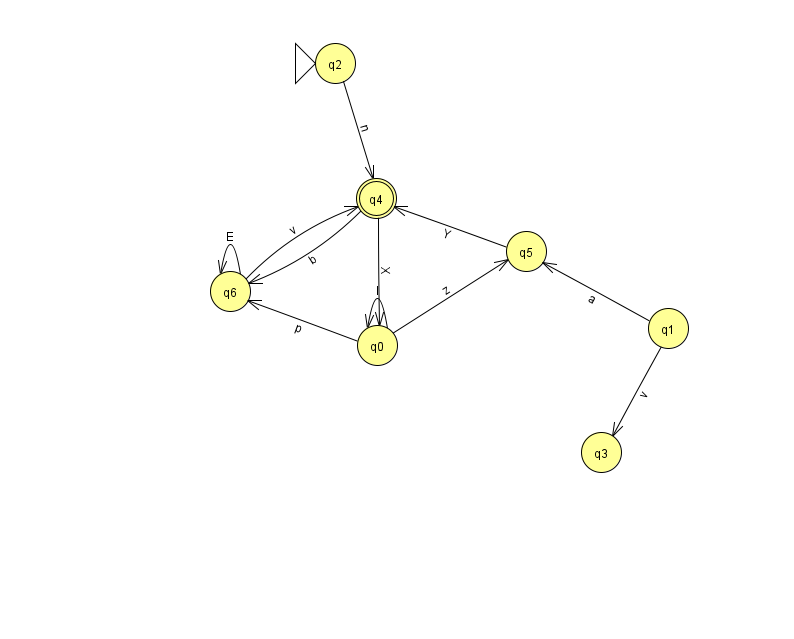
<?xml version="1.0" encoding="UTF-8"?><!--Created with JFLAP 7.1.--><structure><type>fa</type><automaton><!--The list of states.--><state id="0" name="q0"><x>377.0</x><y>332.0</y></state><state id="1" name="q1"><x>668.0</x><y>315.0</y></state><state id="2" name="q2"><x>335.0</x><y>50.0</y><initial/></state><state id="3" name="q3"><x>601.0</x><y>439.0</y></state><state id="4" name="q4"><x>376.0</x><y>185.0</y><final/></state><state id="5" name="q5"><x>526.0</x><y>238.0</y></state><state id="6" name="q6"><x>230.0</x><y>278.0</y></state><!--The list of transitions.--><transition><from>1</from><to>5</to><read>a</read></transition><transition><from>0</from><to>5</to><read>z</read></transition><transition><from>2</from><to>4</to><read>n</read></transition><transition><from>5</from><to>4</to><read>Y</read></transition><transition><from>6</from><to>6</to><read>E</read></transition><transition><from>0</from><to>6</to><read>p</read></transition><transition><from>6</from><to>4</to><read>v</read></transition><transition><from>0</from><to>0</to><read>l</read></transition><transition><from>1</from><to>3</to><read>v</read></transition><transition><from>4</from><to>6</to><read>b</read></transition><transition><from>4</from><to>0</to><read>X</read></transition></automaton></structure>